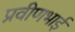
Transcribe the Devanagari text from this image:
प्रवीणभाई